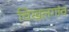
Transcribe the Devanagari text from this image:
चिखलगांव